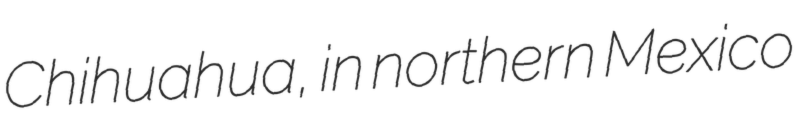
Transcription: Chihuahua, in northern Mexico